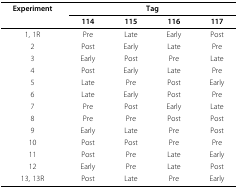
<table><thead><tr><td><b>Experiment</b></td><td colspan="4"><b>Tag</b></td></tr><tr><td></td><td><b>114</b></td><td><b>115</b></td><td><b>116</b></td><td><b>117</b></td></tr></thead><tbody><tr><td>1, 1R</td><td>Pre</td><td>Late</td><td>Early</td><td>Post</td></tr><tr><td>2</td><td>Post</td><td>Early</td><td>Late</td><td>Pre</td></tr><tr><td>3</td><td>Early</td><td>Post</td><td>Pre</td><td>Late</td></tr><tr><td>4</td><td>Post</td><td>Early</td><td>Late</td><td>Pre</td></tr><tr><td>5</td><td>Late</td><td>Pre</td><td>Post</td><td>Early</td></tr><tr><td>6</td><td>Late</td><td>Early</td><td>Post</td><td>Pre</td></tr><tr><td>7</td><td>Pre</td><td>Post</td><td>Early</td><td>Late</td></tr><tr><td>8</td><td>Pre</td><td>Pre</td><td>Post</td><td>Post</td></tr><tr><td>9</td><td>Early</td><td>Late</td><td>Pre</td><td>Post</td></tr><tr><td>10</td><td>Post</td><td>Post</td><td>Pre</td><td>Pre</td></tr><tr><td>11</td><td>Post</td><td>Pre</td><td>Late</td><td>Early</td></tr><tr><td>12</td><td>Early</td><td>Pre</td><td>Late</td><td>Post</td></tr><tr><td>13, 13R</td><td>Post</td><td>Late</td><td>Pre</td><td>Early</td></tr></tbody></table>